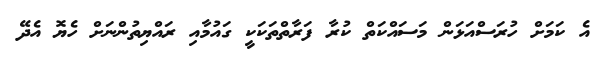
އެ ކަމަށް ހުރަސްއަޅަން މަސައްކަތް ކުރާ ފަރާތްތަކަކީ ގައުމާއި ރައްޔިތުންނަށް ހެޔޮ އެދޭ